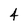
Character: 4